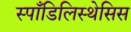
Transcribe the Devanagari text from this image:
स्पाँडिलिस्थेसिस